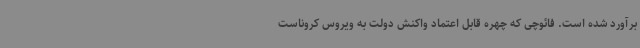
برآورد شده است. فائوچی که چهره قابل اعتماد واکنش دولت به ویروس کروناست